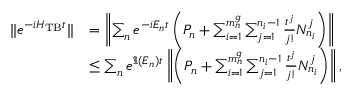
\begin{array} { r l } { \| e ^ { - i H _ { \mathrm { T B } } t } \| } & { = \left\Vert \sum _ { n } e ^ { - i E _ { n } t } \left( P _ { n } + \sum _ { i = 1 } ^ { m _ { n } ^ { g } } \sum _ { j = 1 } ^ { n _ { i } - 1 } \frac { t ^ { j } } { j ! } N _ { n _ { i } } ^ { j } \right) \right\Vert } \\ & { \leq \sum _ { n } e ^ { \Im ( E _ { n } ) t } \left\Vert \left( P _ { n } + \sum _ { i = 1 } ^ { m _ { n } ^ { g } } \sum _ { j = 1 } ^ { n _ { i } - 1 } \frac { t ^ { j } } { j ! } N _ { n _ { i } } ^ { j } \right) \right\Vert , } \end{array}